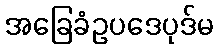
အခြေခံဥပဒေပုဒ်မ